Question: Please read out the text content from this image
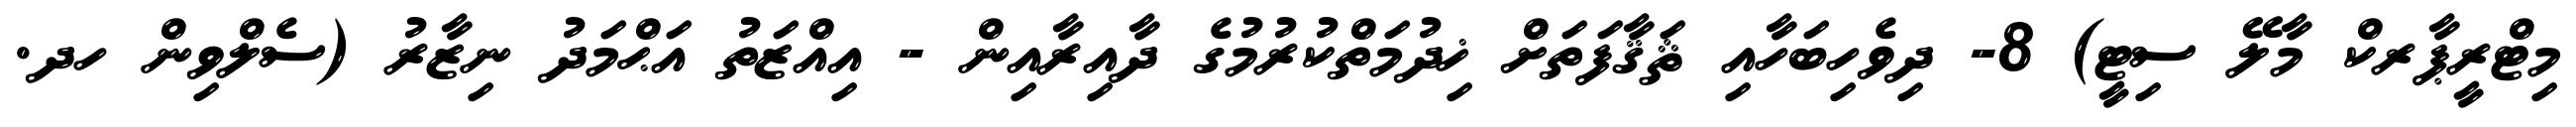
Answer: މިޓްރީޕާރކް މާލޭ ސިޓީ) 8- ދިވެހިބަހާއި ޘަޤާފަތަށް ޚިދުމަތްކުރުމުގެ ދާއިރާއިން - އިއްޒަތު އަޙްމަދު ނިޒާރު (ސެލްވިން ހދ.